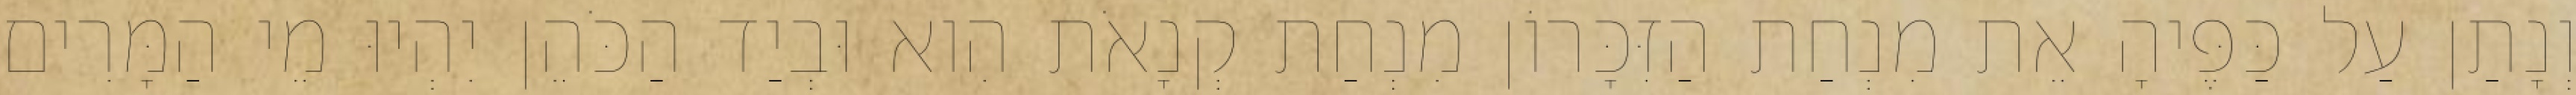
וְנָתַן עַל כַּפֶּיהָ אֵת מִנְחַת הַזִּכָּרוֹן מִנְחַת קְנָאֹת הִוא וּבְיַד הַכֹּהֵן יִהְיוּ מֵי הַמָּרִים